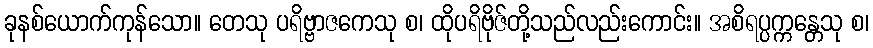
ခုနစ်ယောက်ကုန်သော။ တေသု ပရိဗ္ဗာဇကေသု စ၊ ထိုပရိဗိုဇ်တို့သည်လည်းကောင်း။ အစိရပ္ပက္ကန္တေသု စ၊